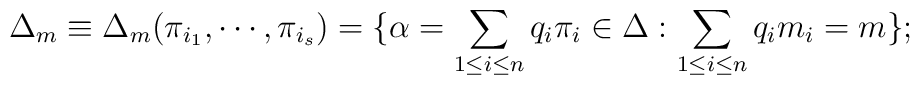
\Delta_m\equiv \Delta_m(\pi_{i_1},\cdots ,\pi_{i_s})=\{\alpha =\sum _{1\leq i\leq n}q_i\pi _i \in \Delta :\sum _{1\leq i\leq n}q_i m_i =m\};